Mediterranean fever in India - Number 22
Disease focus: Fever
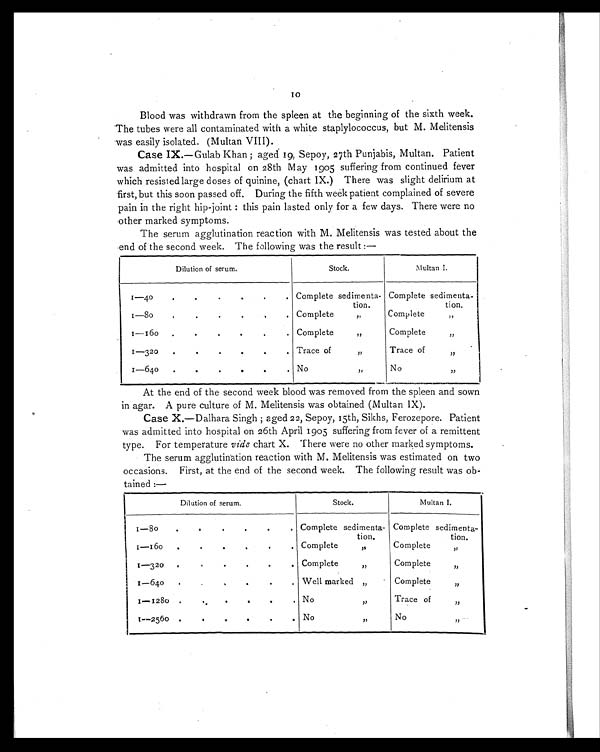
10
Blood was withdrawn from the spleen at the beginning of the sixth week.
The tubes were all contaminated with a white staplylococcus, but M. Melitensis
was easily isolated. (Multan VIII).
Case IX.—Gulab Khan; aged 19, Sepoy, 27th Punjabis, Multan. Patient
was admitted into hospital on 28th May 1905 suffering from continued fever
which resisted large doses of quinine, (chart IX.) There was slight delirium at
first, but this soon passed off. During the fifth week patient complained of severe
pain in the right hip-joint: this pain lasted only for a few days. There were no
other marked symptoms.
The serum agglutination reaction with M. Melitensis was tested about the
end of the second week. The following was the result:—
Dilution of serum.
Stock.
Multan I.
1—40.
.
Complete sedimenta-
tion.
Complete sedimenta-
tion.
.
.1—80
Complete ,,
Complete ,,
1—160. .
.
Complete ,,
Complete ,,
1—320
.. .
Trace of ,,
Trace of ,,
1—640
.
.
.
.
.
.
No ,,
No ,,
.
At the end of the second week blood was removed from the spleen and sown
in agar. A pure culture of M. Melitensis was obtained (Multan IX).
Case X.—Dalhara Singh; aged 22 , Sepoy, 15th, Sikhs, Ferozepore. Patient
was admitted into hospital on 26th April 1905 suffering from fever of a remittent
type. For temperature vide chart X. There were no other marked symptoms.
The serum agglutination reaction with M. Melitensis was estimated on two
occasions. First, at the end of the second week. The following result was ob
- t a i n e d : —
Dilution of serum.
Stock.
Multan I / .
.1—80
.
. Complete sedimenta-
tion.
Complete sedimenta-
tion.
1 — 1 6 0 .
.
,
.
Complete ,,
Complete ,,
1 — 3 2 0
,
.
.
Complete ,,
Complete ,,
1 — 6 4 0 ,
Well marked ,,
Complete ,,
1—1280 ..
.
.
. No ,,
Trace of ,,
1— 2560
.
.
.
.
.
. No ,,
No ,,